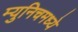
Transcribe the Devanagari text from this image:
म्युनिचमध्ये